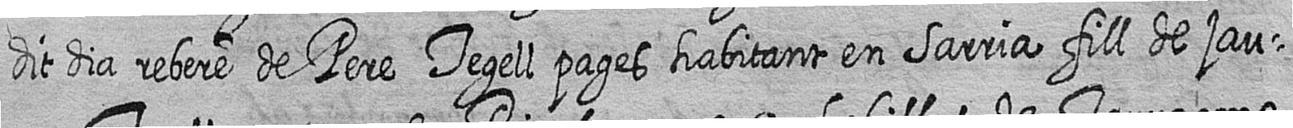
dit dia rebere de Pere Tegell pages habitant en Sarria fill de jau=